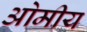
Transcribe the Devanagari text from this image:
ओमीय